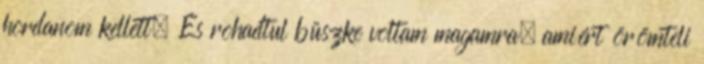
hordanom kellett. És rohadtul büszke voltam magamra, amiért örömteli